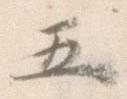
五